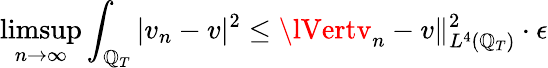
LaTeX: \operatorname*{limsup}_{n\rightarrow\infty}\int_{\mathbb{Q}_{T}}|v_{n}-v|^{2}\leq\lVertv_{n}-v\rVert_{L^{4}(\mathbb{Q}_{T})}^{2}\cdot\epsilon